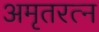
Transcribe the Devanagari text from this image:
अमृतरत्न